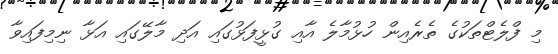
މި ފްލެޓްތަކުގެ ތެރެއިން ހުޅުމާލެ އާއި ގުޅީފަޅުގައި އަދި މާލޭގައި އަޅާ ނިމިފައިވާ